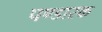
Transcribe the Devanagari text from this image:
पण्डारक